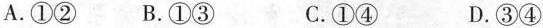
A.①② B.①③ C.①④ D.③④